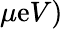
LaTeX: \mu\mathrm{e}V)